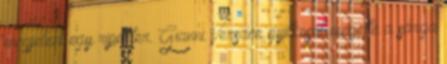
megjelent egy riporter. Gianni Versace gyilkosát megette a sárga